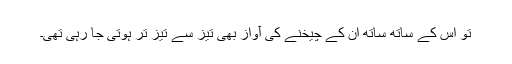
تو اس کے ساتھ ساتھ ان کے چیخنے کی آواز بھی تیز سے تیز تر ہوتی جا رہی تھی۔